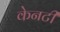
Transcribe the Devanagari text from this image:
केनटी